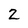
Character: 2